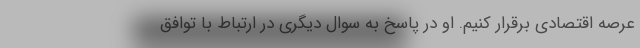
عرصه اقتصادی برقرار کنیم. او در پاسخ به سوال دیگری در ارتباط با توافق